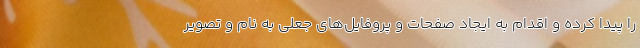
را پیدا کرده و اقدام به ایجاد صفحات و پروفایل‌های جعلی به نام و تصویر